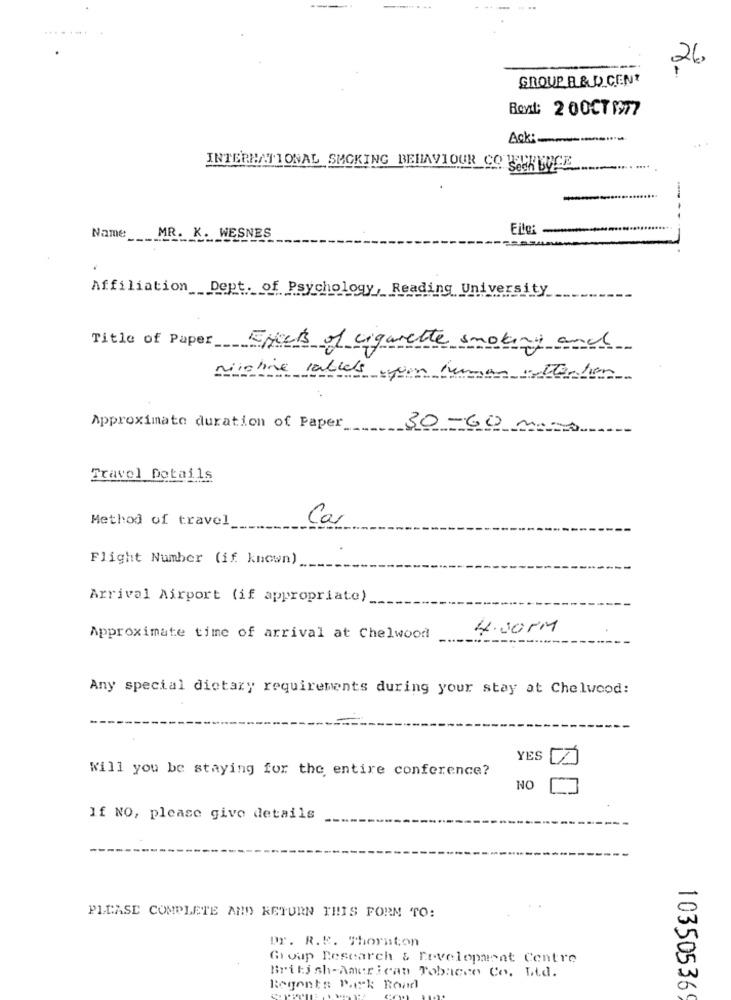
26
GROUP B & O CENT
Bent: 2 00CT 197
Ack :.
INTERNATIONAL SMOKING BEHAVIOUR CO
Eile:
Name_
MR. K. WESNES
Affiliation Dept. of Psychology, Reading University
Title of Paper Effects of cigarette smoking and
richie cables upon human attention.
Approximate duration of Paper __
30-60 mins
Travel Details
Method of travel
Car
Flight Number (if known)
Arrival Airport (if appropriate)_
4.00 PM
Approximate time of arrival at Chelwood
Any special dietary requirements during your stay at Chelwood:
YES
Will you be staying for the entire conference?
NO
If NO, please give details
PLEASE COMPLETE AND RETURN THIS FORM TO:
Dr. R.R. Thornton
Group Research & Development Centre
British-American Tobacco Co. Ltd.
Regents Beck Road
10350536